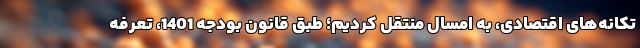
تکانه‌های اقتصادی، به امسال منتقل کردیم؛ طبق قانون بودجه 1401، تعرفه